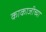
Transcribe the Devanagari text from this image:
काकाजीच्या